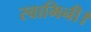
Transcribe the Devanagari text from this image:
स्वामिनी।